Annual report of the Punjab Veterinary College and of the Civil Veterinary Department, Punjab - 1909-1919
Year: 1909
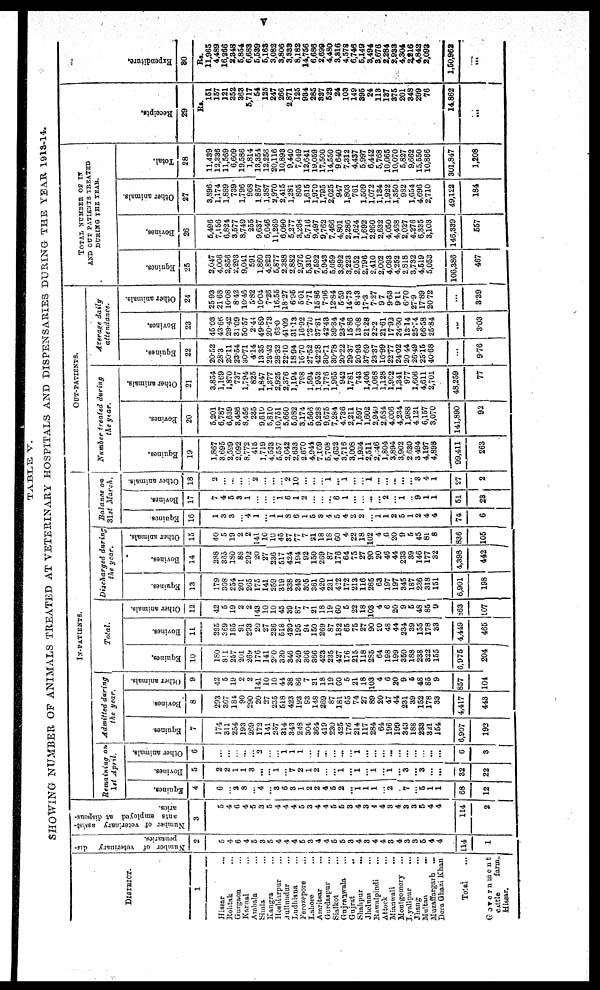
v
TABLE V.
SHOWING NUMBER OF ANIMALS TREATED AT VETERINARY HOSPITALS AND DISPENSARIES DURING THE YEAR 1913.14.
DISTRICT.
1
Hissar ...
Rohtak ...
Gurgaon ...
Karnal ...
Ambala ...
Simla ...
Kangra ...
Hoshiarpur ...
Jullundur ...
Ludhiana ...
Ferozepore ...
Lahore ...
Amritsar ...
Gurdaspur ...
Sialkot ...
Gujranwala ...
Gujrat
..
Shahpur
...
Jhelum ...
Rawaipindi ...
Attock ...
Mianwali
...
Montgomery ...
Lynllpur
...
Jhang
...
Multan
...
Muzaffargarh
...
Dera Ghazi Khan
Total
...
Government
cattle
farm,
Hissar.
Number of veterinary dis-
pensaries,
2
5
4
6
4
5
3
5
4
4
4
5
3
4
4
5
5
3
4
3
4
4
8
4
8
3
5
4
4
114
1
Number of veterinary assist-
ants employed at dispens-
aries.
3
5
4
6
4
5
3
5
4
4
4
5
3
4
4
5
5
3
4
3
4
4
3
4
3
3
5
4
4
114
2
IN-PATIENTS.
Remaining on
1st April.
Equines,
4
6
...
3
8
...
4
...
3
6
8
1
2
2
4
5
2
...
1
1
1
...
2
...
7
...
5
1
1
68
12
Bovines.
5
2
2
1
1
3
...
...
1
...
7
2
1
2
...
...
1
...
1
...
1
...
1
...
3
...
3
...
...
32
22
Other animals.
6
...
...
...
...
...
2
...
...
1 1
1
...
...
...
...
...
...
1
...
...
...
...
...
...
...
...
...
...
6
3
Admitted during
the year.
Equines.
7
174
311
254
193
269
172
141
257
314
343
248
304
364
419
230
425
176
214
117
284
64
196
199
343
188
233
321
154
6,907
192
Bovines.
8
293
367
184
90
290
20
27
235
518
423
193
93
148
269
87
181
65
74
27
89
20
47
44
231
39
152
178
33
4,417
443
Other animals.
9
42
5
19
2
2
141
10
10
44
38
86
7
21
18
19
60
5
21
18
103
4
6
20
9
5
48
85
9
857
104
Total.
Rqumes,
10
180
311
257
201
269
176
141
250
320
346
249
366
366
423
235
427
176
215
118
285
64
198
199
350
188
238
322
155
6,975
204
Bovines.
11
295
369
385
91
293
20
27
236
518
430
195
94
150
269
87
182
65
75
27
90
20
48
44
234
39
155
178
33
4,449
465
Other animals.
12
42
5
19
2
2
143
10
10
45
39
87
7
21
18
19
60
5
22
18
103
4
6
20
9
5
48
85
9
863
107
Discharged during
the year.
Equines.
13
179
308
234
201
265
175
141
259
319
338
243
305
361
420
231
422
172
213
116
285
63
197
197
345
187
236
318
151
6,901
198
Bovines.
14
288
365
180
88
292
20
27
236
517
424
194
92
150
269
87
178
64
75
27
90
20
46
44
233
39
146
177
32
4,398
442
Other animals.
15
40
5
19
2
2
141
10
10
45
37
77
7
21
18
18
60
4
22
18
102
4
6
20
9
5
45
81
8
836
105
Balance on
31st Marsh.
Equines.
16
1
3
3
...
4
1
...
1
1
8
6
1
5
8
4
5
4
2
9
...
1
1
2
5
1
2
4
4
74
6
Bovines.
17
7
4
5
3
1
...
...
...
1
6
1
2
...
...
...
6
1
...
...
...
...
2
...
1
..
9
1
1
51
23
Other animals.
18
2
...
...
...
...
2
...
...
...
2
10
...
...
...
1
...
1
...
...
1
...
...
...
...
...
8
4
1
27
2
OUT-PATIENTS.
Number
treated during
the year.
Equines.
19
1,867
3,695
2,599
2,092
8,772
415
1,719
4,553
5,557
2,042
2,633
2,670
4,041
7,169
5,708
4,632
3,716
3,008
1,934
2,511
2,646
1,804
3,894
3,902
2,630
3,494
4,197
4,898
99,411
263
Bovines.
20
5,201
6,787
6,639
3,488
8,456
235
9,610
5,810
10,751
5,660
5,082
3,174
5,566
9,228
9,675
7,284
4,736
2,211
1,597
1,602
2,940
2,534
4,006
4,234
1,988
4121
6,157
3,070
141,890
93
Other animals.
21
3,854
1,169
1,870
737
1,794
825
1,847
1,377
2,925
2,376
1,194
798
1,594
1,952
1,776
1,965
942
1,781
743
1,406
1,068
1,128
1,902
1,341
977
1,606
4,611
2,701
48,259
77
Average daily
attendance.
Equines.
22
20.52
28.3
20.11
23.54
30.71
4.14
13.35
23.42
28.32
22.10
18.94
16.70
27.52
42.28
30.71
30.78
20.22
29.37
20.93
37.69
23.37
16.99
22.77
24.02
20.44
26.49
25.15
40.68
...
9.76
Bovines.
23
45.03
43.66
29.42
31.09
50.57
2.44
49.89
20.73
68.0
41.09
31.13
16.92
23.70
37.81
42.43
39.34
23.74
15.86
13.08
21.28
22.2
21.61
17.93
24.30
13.14
25.74
66.58
25.84
...
3.03
Other animals.
24
25.93
21.68
10.08
8.42
10.46
5.82
10.04
7.26
16.55
18.27
6.95
5.01
7.71
15.86
7.96
12.84
5.59
14.73
8.43
17.3
7.27
9.7
9.63
9.11
6.70
27.9
17.89
20.72
...
3.39
TOTAL NUMBER OF IN
AND OUT PATIENTS TREATED
DURING THE YEAR.
Equines.
25
2,047
4,006
2,856
2,293
9,041
591
1,860
4,823
5,877
2,388
2,882
2,976
5,310
7,592
5,943
5,059
3,892
3,223
2,052
2,796
2,410
2,002
4,093
4,252
2,818
3,732
4,519
5,053
108,386
467
Bovines.
26
5,496
7,156
6,824
3,577
8,749
255
9,637
6,046
11,269
6,090
5,277
3,288
5,716
9,497
9,762
7,466
4.801
2,286
1,624
1,692
2,960
2,632
4,050
4,438
2,027
4,276
6,335
3,103
146,339
557
Other animals.
27
3,896
1,174
1.889
739
1,796
968
1,857
1,387
2,970
2,415
1,281
805
1,615
1,970
1,795
2,025
947
1,803
761
1,509
1,072
1,134
1,922
1,350
982
1,654
4,696
2,710
49,122
184
Total.
28
11,439
12,336
11,569
6,609
19,586
1,814
13,354
12,256
20,116
10,893
9,440
7,019
12,641
19,059
17,500
14,550
9.640
7,312
4,437
5,997
6,412
5,768
10,065
10,070
5,827
9,662
15,550
10,866
301,847
1,208
Receipts.
29
Rs.
151
157
221
352
363
5,717
54
125
247
266
2,871
125
934
285
337
523
24
103
149
395
24
113
137
375
201
348
299
76
14,862
Expeuditure.
30
Rs.
11,965
4,489
16,266
2,348
5,854
6,683
5,539
5,163
3,082
3,806
3,333
8,182
14,756
6,686
2,699
4,480
3,816
4,578
6,746
5,149
3,494
8,676
2,284
2,933
4,304
2,216
4,842
2,093
1,50,962
...